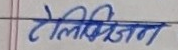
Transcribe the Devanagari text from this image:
टेलिभिजन